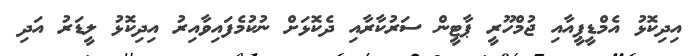
އިދިކޮޅު އެމްޑީޕީއާއި ޖުމްހޫރީ ޕާޓީން ސަރުކާރާއި ދެކޮޅަށް ނުކުމެފައިވާއިރު އިދިކޮޅު ލީޑަރު އަދި